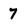
Character: 7